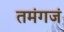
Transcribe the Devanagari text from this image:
तमंगजं